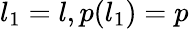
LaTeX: l_{1}=l,p(l_{1})=p